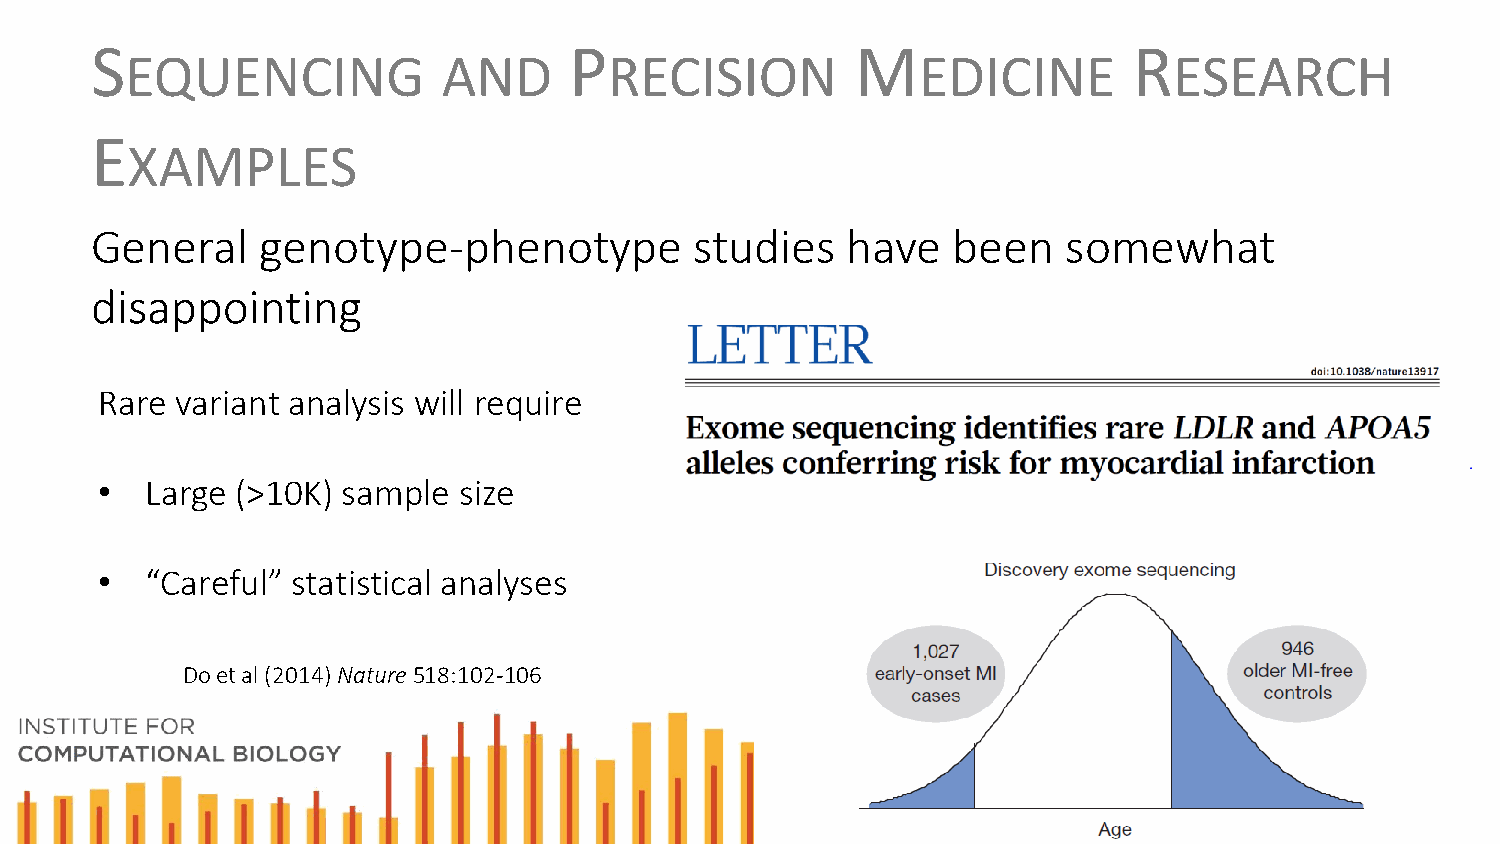
S                               P                  M                 R
 EQUENCING            AND        RECISION             EDICINE          ESEARCH
 E
 XAMPLES
 General    genotype-phenotype           studies   have   been    somewhat
 disappointing
 Rare variant analysis will require
 •  Large (>10K) sample size
 •  “Careful” statistical analyses
 Do et al (2014) Nature518:102-106